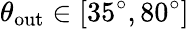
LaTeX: \theta_{\mathrm{out}}\in[35^{\circ},80^{\circ}]